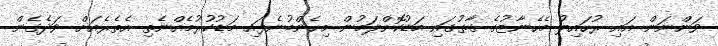
ވަންނަން އައި ރުހައިލު މެހެނާޒުގެ ގާތުގައި މަޑުކޮށްލަމުން މިހެންބުނެފައި މަޑުކުރުމެއްނެތި އެތެރެއަށް ވަދެގެން